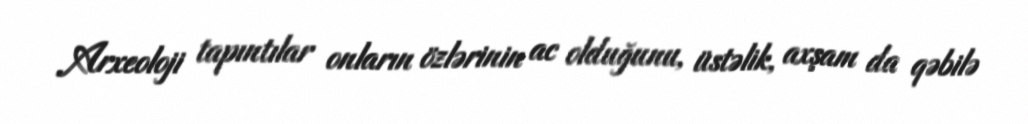
Arxeoloji tapıntılar onların özlərinin ac olduğunu, üstəlik, axşam da qəbilə